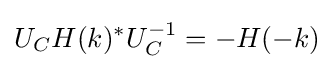
U_{C}H(k)^{*}U_{C}^{-1}=-H(-k)